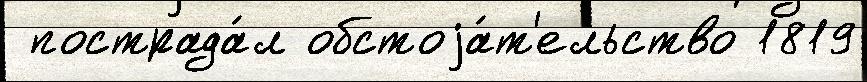
 пострада́л обстоjа́т'ельство 1819